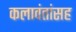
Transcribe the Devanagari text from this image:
कलावंतांसह